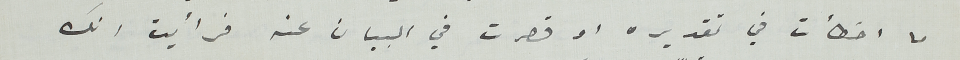
ما اخطأت في تقديره او قصرت في البيان عنه فرأيت انك